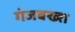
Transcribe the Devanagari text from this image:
गंजबख्श